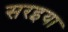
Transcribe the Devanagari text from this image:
सरइया